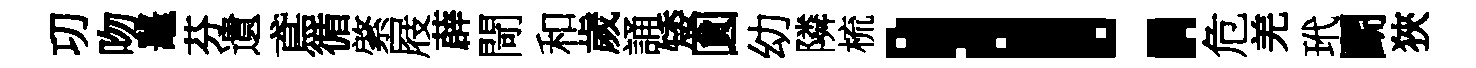
㓛吻鼉芬遺鳶循綮屐薜閜和歲誦矮圎幼隣梳！危羌玳鬬狹